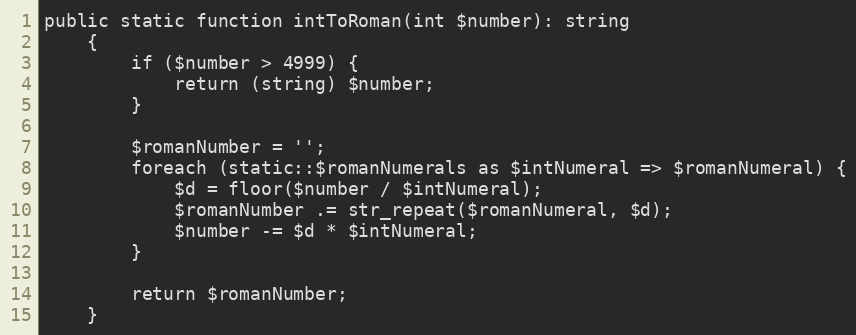
Language: PHP
public static function intToRoman(int $number): string
    {
        if ($number > 4999) {
            return (string) $number;
        }

        $romanNumber = '';
        foreach (static::$romanNumerals as $intNumeral => $romanNumeral) {
            $d = floor($number / $intNumeral);
            $romanNumber .= str_repeat($romanNumeral, $d);
            $number -= $d * $intNumeral;
        }

        return $romanNumber;
    }